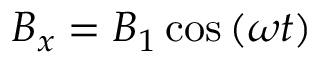
B _ { x } = B _ { 1 } \cos \left( \omega t \right)